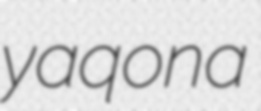
yaqona